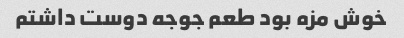
خوش مزه بود طعم جوجه دوست داشتم